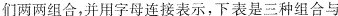
们两两组合，并用字母连接表示，下表是三种组合与